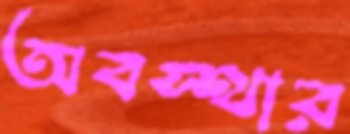
অবস্থার